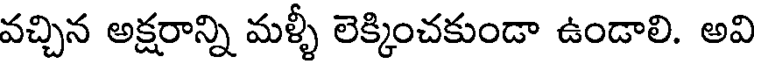
వచ్చిన అక్షరాన్ని మళ్ళీ లెక్కించకుండా ఉండాలి. అవి